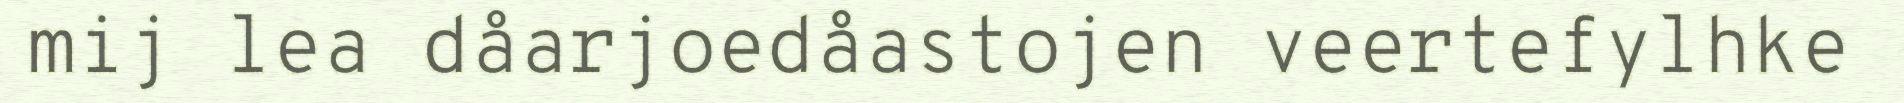
mij lea dåarjoedåastojen veertefylhke